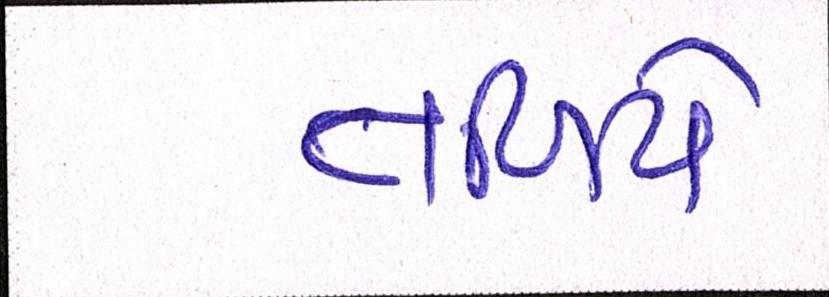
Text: તળિયે